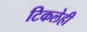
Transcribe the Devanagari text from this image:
टिकलेही